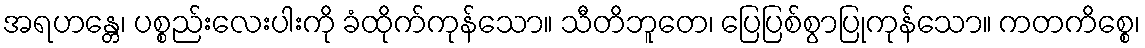
အရဟန္တေ၊ ပစ္စည်းလေးပါးကို ခံထိုက်ကုန်သော။ သီတိဘူတေ၊ ပြေပြစ်စွာပြုကုန်သော။ ကတကိစ္စေ၊